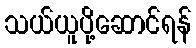
သယ်ယူပို့ဆောင်ရန်